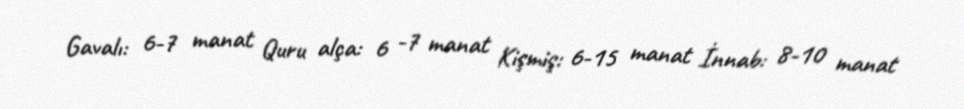
Gavalı: 6-7 manat Quru alça: 6 -7 manat Kişmiş: 6-15 manat İnnab: 8-10 manat